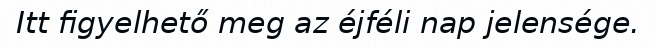
Itt figyelhető meg az éjféli nap jelensége.